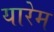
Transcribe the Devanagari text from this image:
यारेम